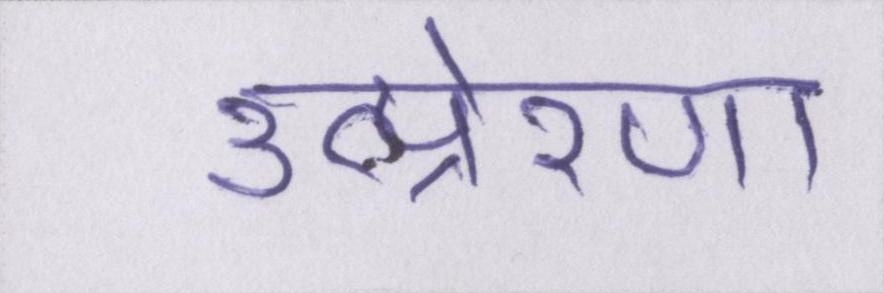
उत्प्रेरणा